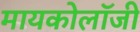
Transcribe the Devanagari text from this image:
मायकोलॉजी